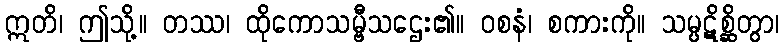
ဣတိ၊ ဤသို့။ တဿ၊ ထိုကောသမ္ဗီသဌေး၏။ ဝစနံ၊ စကားကို။ သမ္ပဋိစ္ဆိတွာ၊